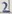
Text: 2